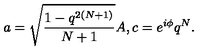
a = \sqrt { \frac { 1 - q ^ { 2 ( N + 1 ) } } { N + 1 } } A , c = e ^ { i \phi } q ^ { N } .